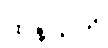
ထနယတိ